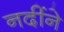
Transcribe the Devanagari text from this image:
नदींने